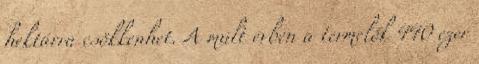
hektárra csökkenhet. A múlt évben a termelők 440 ezer